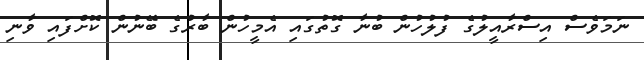
ނަމަވެސް އިސްރާއީލުގެ ފުލުހުން ބުނާ ގޮތުގައި އެމީހުން ބާރުގެ ބޭނުން ކޮށްފައި ވާނި